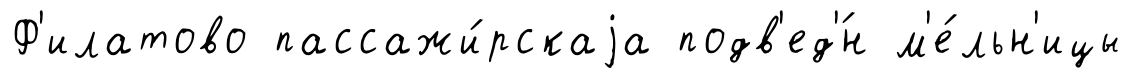
Ф'илатово пассажи́рскаjа подв'ед'́н м'е́льн'ицы